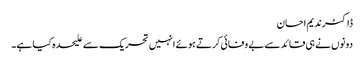
ڈاکٹرندیم احسان
دونوں نے ہی قائد سے بے وفائی کرتے ہوئے انہیں تحریک سے علیحدہ کیا ہے۔